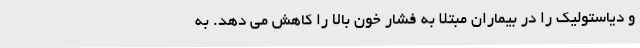
و دیاستولیک را در بیماران مبتلا به فشار خون بالا را کاهش می دهد. به